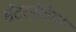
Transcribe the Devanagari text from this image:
सेंटरनेविया